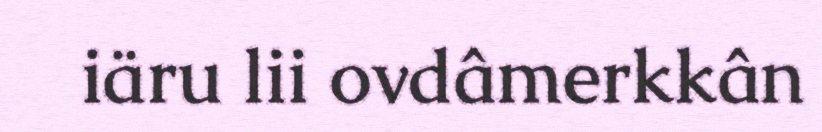
iäru lii ovdâmerkkân